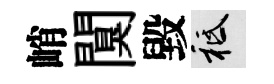
峭闃毀祇